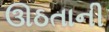
ઊઠતાની